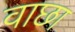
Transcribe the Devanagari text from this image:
वाछा